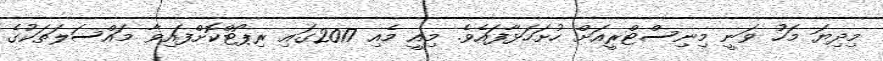
މިދިޔަ މަހު ވަނީ މިނިސްޓްރީއަށް ހުށަހަޅާފައެވެ. މިއީ މެއި 2017ގައި ރިޕޯޓްކޮށްފައިވާ މައްސަލަތަކުގެ